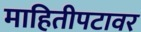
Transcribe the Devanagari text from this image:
माहितीपटावर